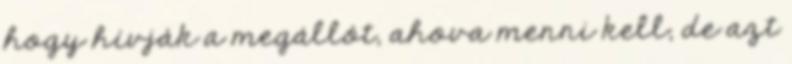
hogy hívják a megállót, ahova menni kell, de azt